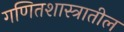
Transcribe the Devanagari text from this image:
गणितशास्त्रातील